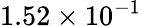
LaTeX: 1.52\times 10^{-1}